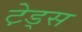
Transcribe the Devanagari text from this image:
टे़ड्स